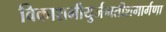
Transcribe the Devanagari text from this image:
विकाशमीयुर्जगतीशमार्गणा